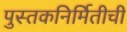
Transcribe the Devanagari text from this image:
पुस्तकनिर्मितीची